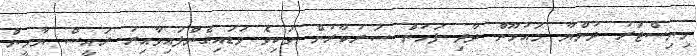
މިނިސްޓަރު ދުންޔާ މައުމޫން ދާދި ފަހުން ސަރުކާރުން ވަކިވެ ވަޑައިގެންފައިވާއިރު ރައީސް ޔާމީން